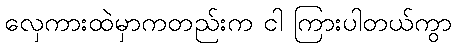
လှေကားထဲမှာကတည်းက ငါ ကြားပါတယ်ကွာ